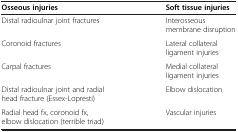
<table><thead><tr><td><b>Osseous injuries</b></td><td><b>Soft tissue injuries</b></td></tr></thead><tbody><tr><td>Distal radioulnar joint fractures</td><td>Interosseous membrane disruption</td></tr><tr><td>Coronoid fractures</td><td>Lateral collateral ligament injuries</td></tr><tr><td>Carpal fractures</td><td>Medial collateral ligament injuries</td></tr><tr><td>Distal radioulnar joint and radial head fracture (Essex-Lopresti)</td><td>Elbow dislocation</td></tr><tr><td>Radial head fx, coronoid fx, elbow dislocation (terrible triad)</td><td>Vascular injuries</td></tr></tbody></table>